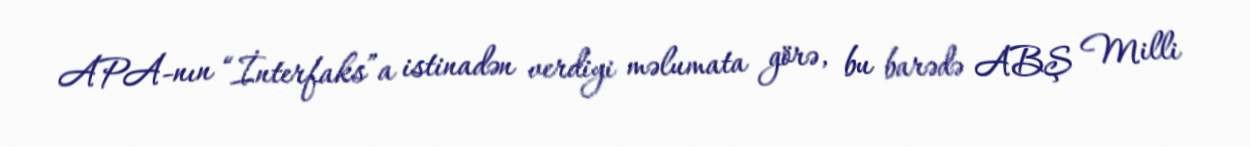
APA-nın “İnterfaks”a istinadən verdiyi məlumata görə, bu barədə ABŞ Milli